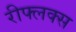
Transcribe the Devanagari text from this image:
रीफ्लक्स